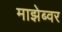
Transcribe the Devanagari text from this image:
माझेब्वर